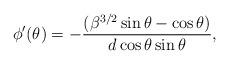
LaTeX: \begin{align*}\phi '(\theta )=-\frac{(\beta^{3/2}\sin \theta -\cos \theta )}{d \cos \theta \sin \theta },\end{align*}